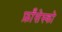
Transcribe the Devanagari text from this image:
फ्राँसेस्को